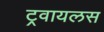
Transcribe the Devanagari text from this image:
ट्रवायलस